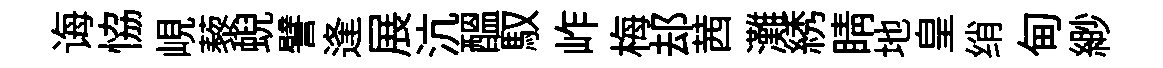
诲恊峴藜蜺譬逢展沆醖馭岞梅𨚫茜灘綉睛地皇绡甸緲